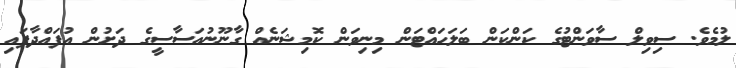
ލުމެވެ. ސިވިލް ސާވަންޓުގެ ކަންކަން ބަލަހައްޓަން މިނިވަން ކޮމިޝަނެއް ގާނޫނުއަސާސީގެ ދަށުން އުފައްދާފައި